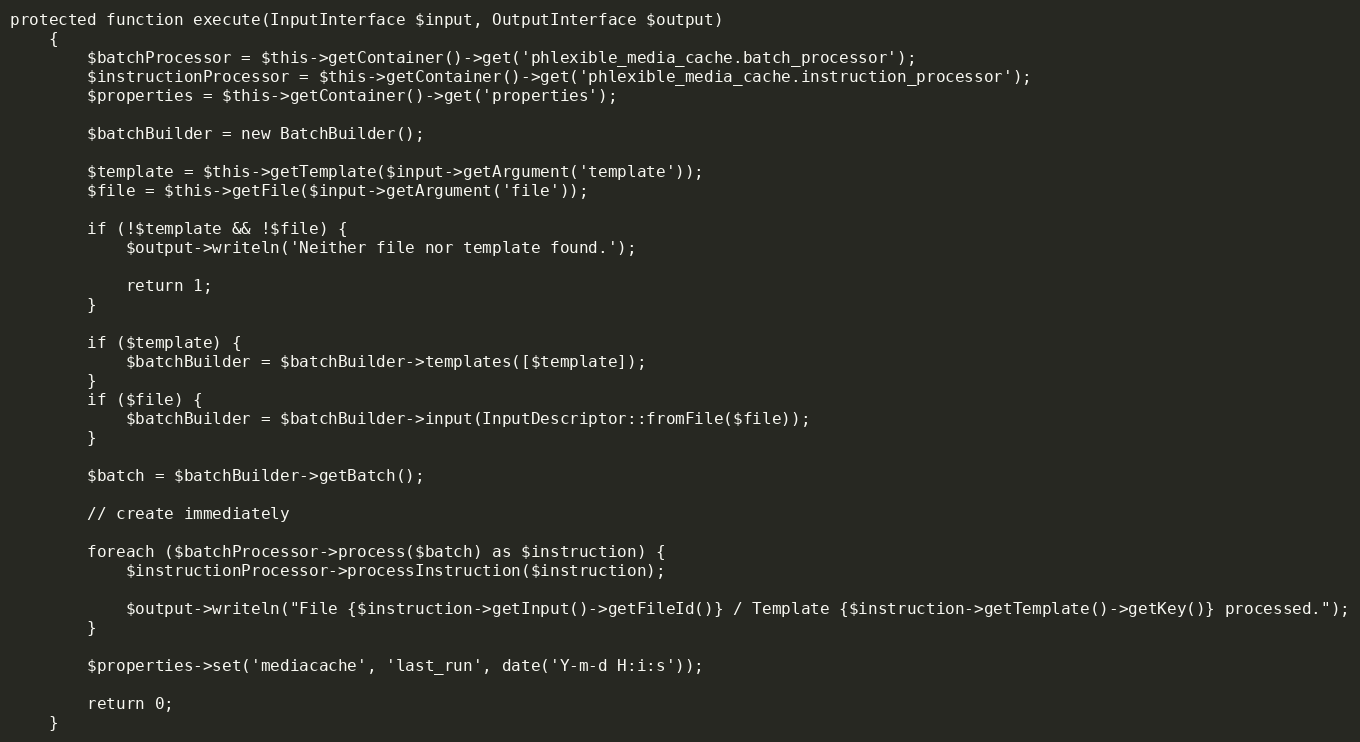
Language: PHP
protected function execute(InputInterface $input, OutputInterface $output)
    {
        $batchProcessor = $this->getContainer()->get('phlexible_media_cache.batch_processor');
        $instructionProcessor = $this->getContainer()->get('phlexible_media_cache.instruction_processor');
        $properties = $this->getContainer()->get('properties');

        $batchBuilder = new BatchBuilder();

        $template = $this->getTemplate($input->getArgument('template'));
        $file = $this->getFile($input->getArgument('file'));

        if (!$template && !$file) {
            $output->writeln('Neither file nor template found.');

            return 1;
        }

        if ($template) {
            $batchBuilder = $batchBuilder->templates([$template]);
        }
        if ($file) {
            $batchBuilder = $batchBuilder->input(InputDescriptor::fromFile($file));
        }

        $batch = $batchBuilder->getBatch();

        // create immediately

        foreach ($batchProcessor->process($batch) as $instruction) {
            $instructionProcessor->processInstruction($instruction);

            $output->writeln("File {$instruction->getInput()->getFileId()} / Template {$instruction->getTemplate()->getKey()} processed.");
        }

        $properties->set('mediacache', 'last_run', date('Y-m-d H:i:s'));

        return 0;
    }